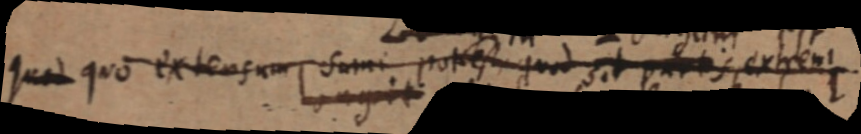
quod quo extensum sumi potest quod sit partis, extremi